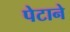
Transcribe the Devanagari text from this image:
पेटाने